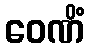
ဝေဏိံ